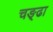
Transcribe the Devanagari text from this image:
चङ्ढा